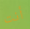
أنت